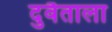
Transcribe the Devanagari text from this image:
दुवैताला